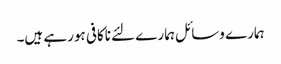
ہمارے وسائل ہمارے لئے ناکافی ہورہے ہیں۔